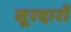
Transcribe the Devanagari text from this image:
सूरदारों